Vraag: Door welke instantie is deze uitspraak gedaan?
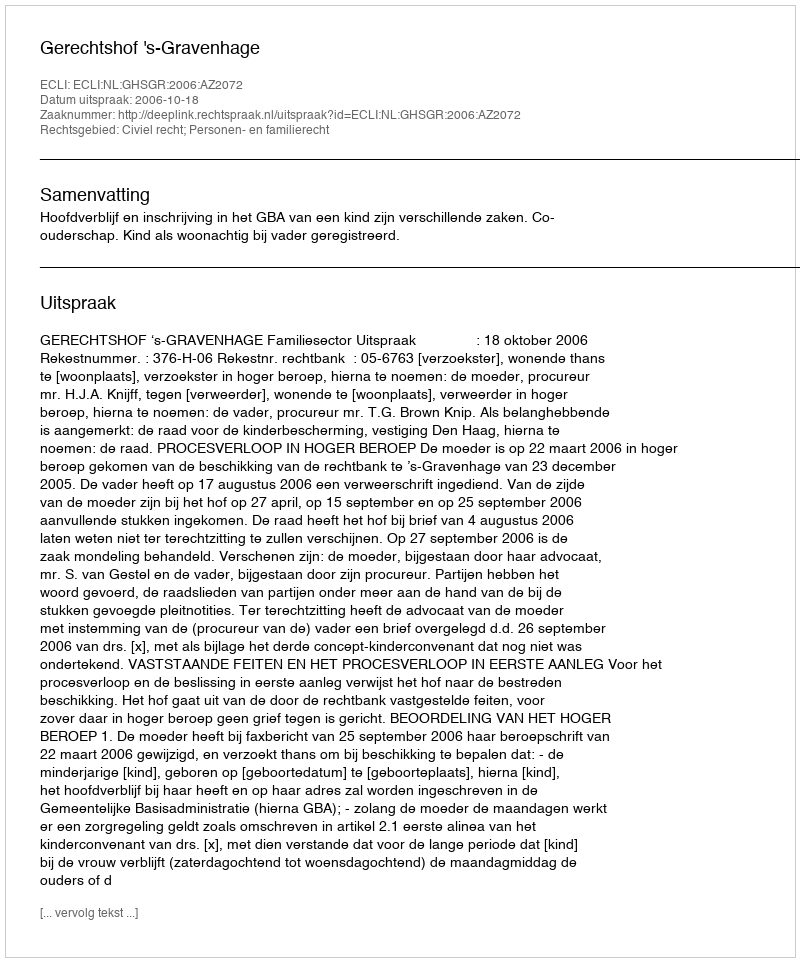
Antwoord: Gerechtshof 's-Gravenhage